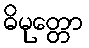
ဓိမုတ္တော